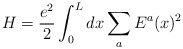
\begin{align*}H=\frac{e^2}{2} \int_0^L dx \sum_a E^a(x)^2\end{align*}